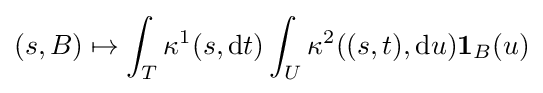
(s,B)\mapsto \int _{T}\kappa ^{1}(s,\mathrm {d} t)\int _{U}\kappa ^{2}((s,t),\mathrm {d} u)\mathbf {1} _{B}(u)